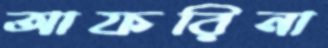
আফরিনা